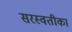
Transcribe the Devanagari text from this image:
सरस्वतीका